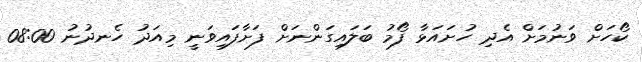
ކޯހަށް ވަނުމަށް އެދި ހުށައަޅާ ފޯމު ބަލައިގަންނަށް ފަށާފައިވަނީ މިއަދު ހެނދުނު 08:00